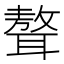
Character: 聱